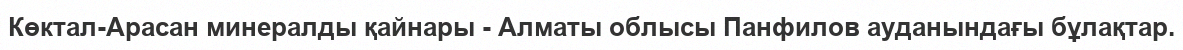
Көктал-Арасан минералды қайнары - Алматы облысы Панфилов ауданындағы бұлақтар.